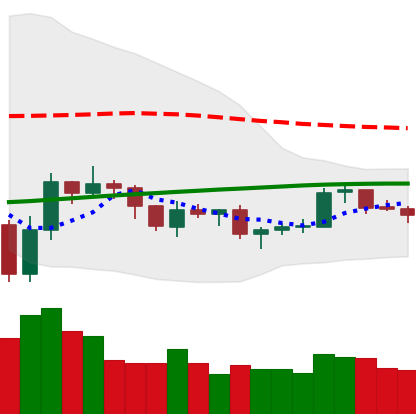
Ticker: LTC-USD
Chart end date: 2019-08-04
Forward return: -9.403%
Label: down_7plus